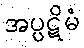
အပ္ပဋိမံ